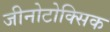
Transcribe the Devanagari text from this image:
जीनोटोक्सिक